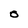
Character: O